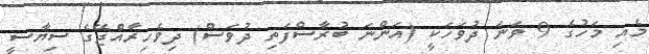
މެއި މަހުގެ 9 ވަނަ ދުވަހަކީ (އަންނަ ބުރާސްފަތި ދުވަސް) ދިވެހިރާއްޖޭގެ ސިޔާސީ